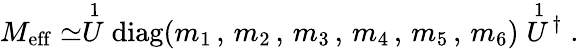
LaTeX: M_{\mathrm{eff}}\simeq\stackrel{1}{U}\mathrm{diag}(m_{1}\, ,\, m_{2}\, ,\, m_{3}\, ,\, m_{4}\, ,\, m_{5}\, ,\, m_{6})\stackrel{1}{U}\! ^{\dagger}\; .